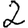
Digit: 2